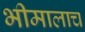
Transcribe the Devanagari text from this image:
भीमालाच